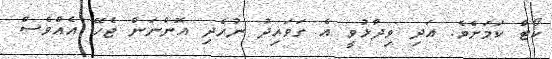
ކޯޓް ކަމަށެވެ. އަދި ވިދާޅުވީ އެ ގަވައިދު ނުހެދި އޮންނަން ޖެހޭ އެއްވެސް